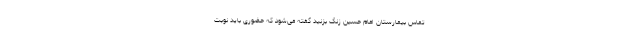
تماس بیمارستان امام حسین زنگ بزنید گفته می‌شود که حضوری باید نوبت